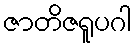
ဇာတိဇရူပဂါ